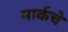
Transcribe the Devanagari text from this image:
मार्कचे